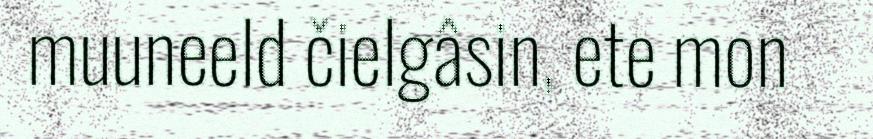
muuneeld čielgâsin, ete mon